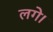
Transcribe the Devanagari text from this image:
लगेे।